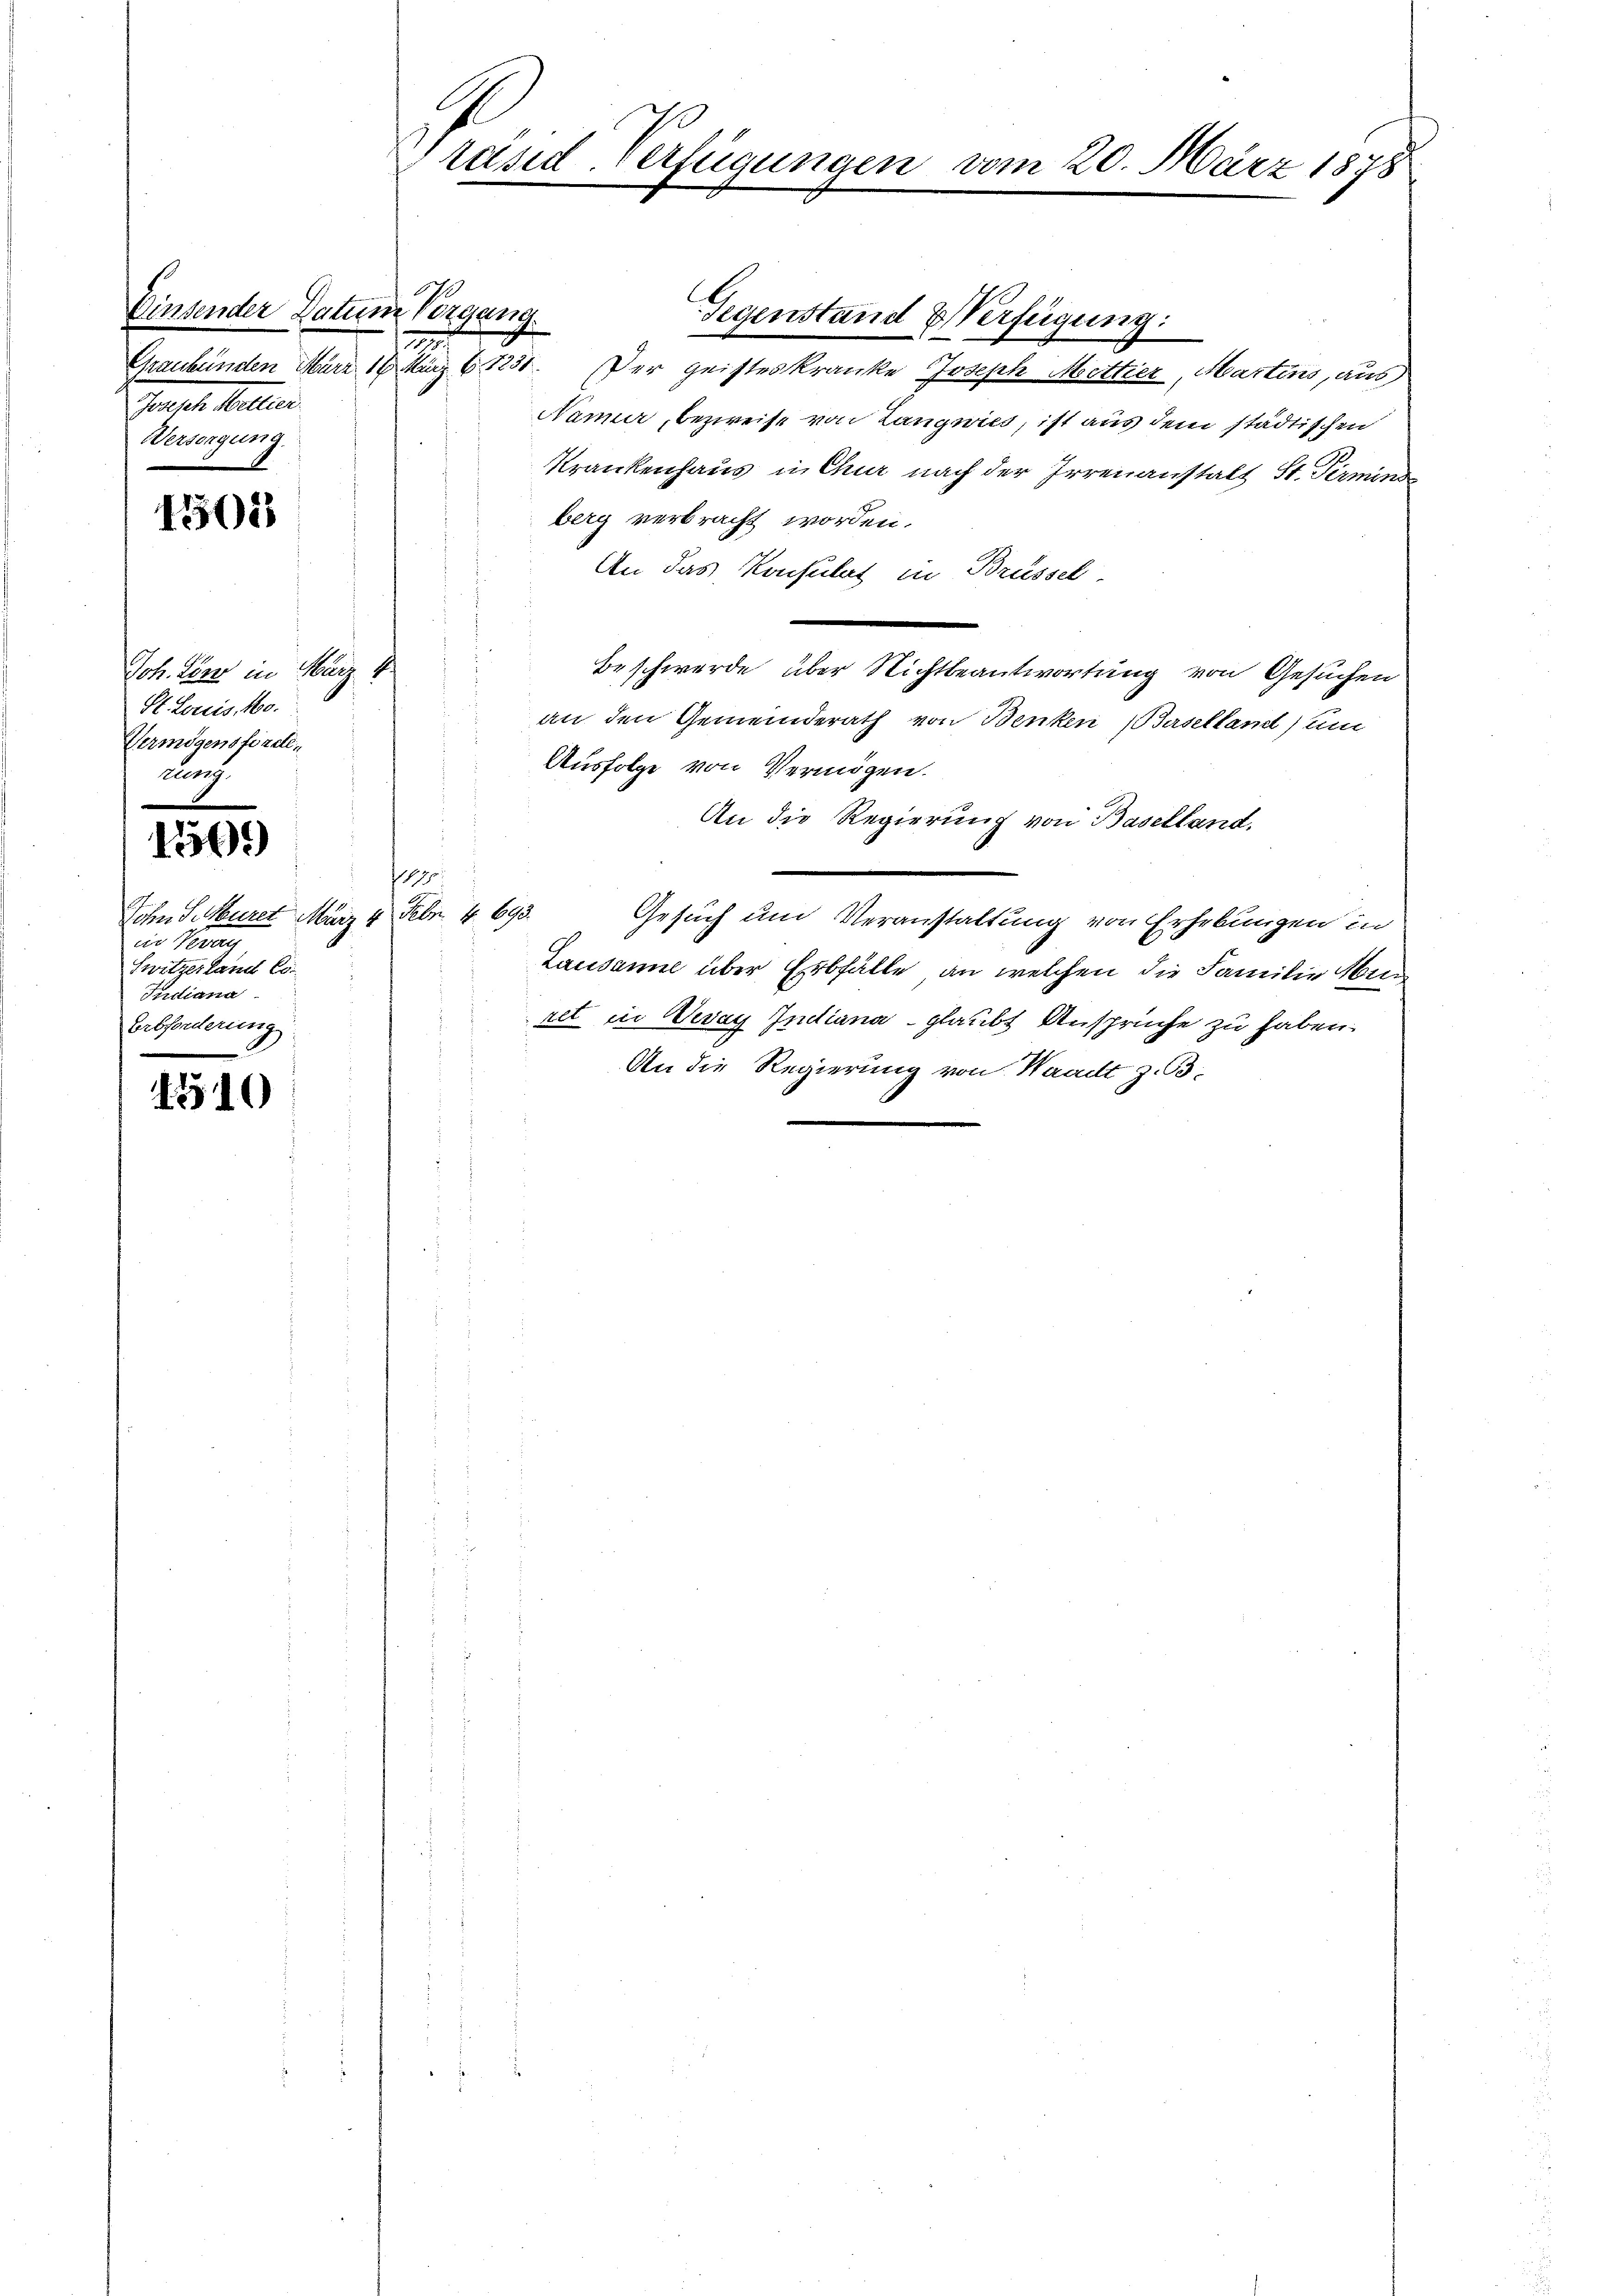
Einsender Datum Vorgang.
25.
Joseph Mellier.
Versorgung.

1502

Joh. Hörer in März 1
St. Louis, 160.
Vermögensforde
zung.

1769

Sohn S. Muret März 4. Febr. 4. 693.
iin Krag
Switzerland Co
Indiana
Erbforderung

1510

räsd Verfügungen vom 20. März 1878

Graubünden März 189 März 1831. Der geisteskranke Joseph Mettier, Martins, aus
Naner, bezweife von Langwies, ist aus dem städtischen
Krankenhaus in Chur nach der Irrenanstalt St. Pirmind
berg verbracht worden.
An das Konsulat in Brüssel
Beschwerde über Nichtbeantwortung von Gesuchen
an den Gemeinderath von Benken (Baselland) um
Ausfolge von Vermögen.
An die Regierung von Baselland.
p
Gesuch um Veranstaltung von Erhebungen in
Lausanne über Erbfälle, an welchen die Familie Men
ret in Beray Indiana - glaubt Ansprüche zu haben.
An die Regierung von Waadt z. B.

Gegenstand & Verfügung: